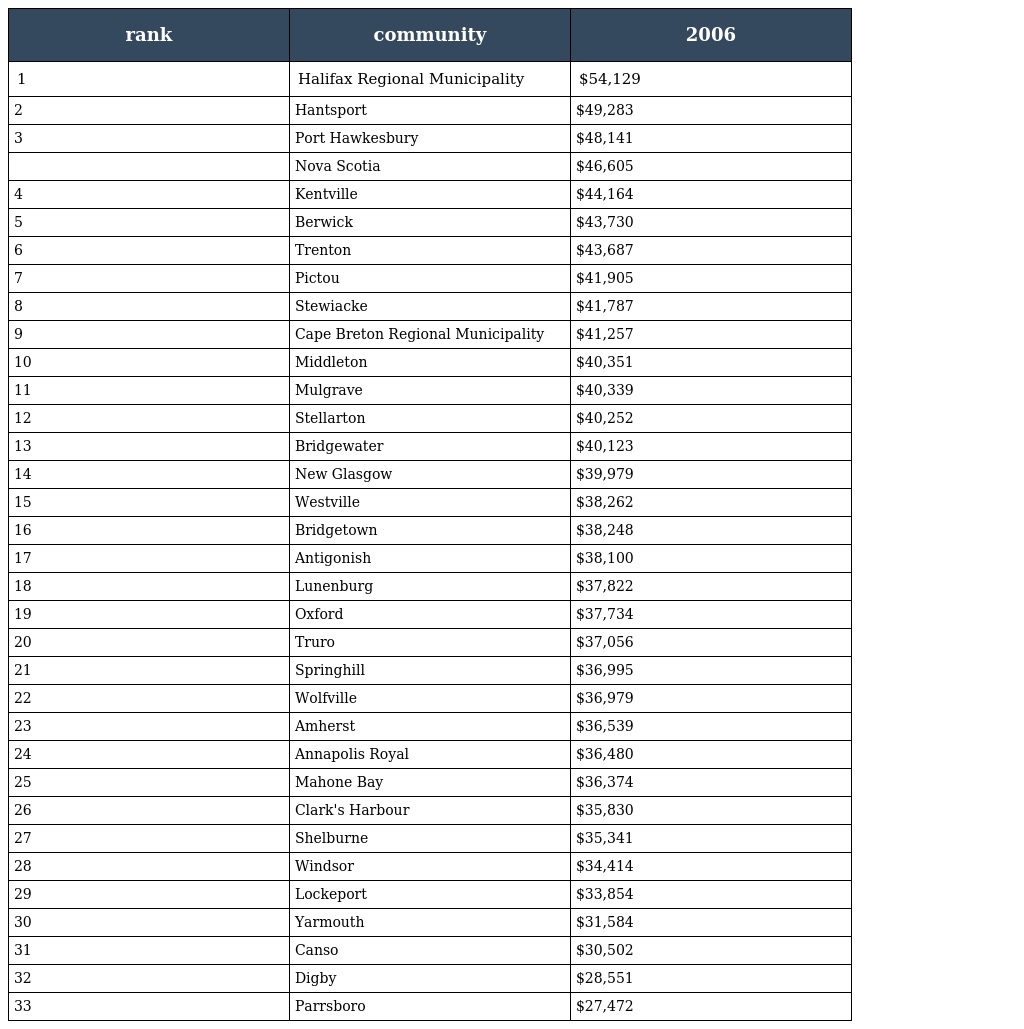
| rank | community | 2006 |
 | --- | --- | --- |
 | 1 | Halifax Regional Municipality | $54,129 |
 | 2 | Hantsport | $49,283 |
 | 3 | Port Hawkesbury | $48,141 |
 |  | Nova Scotia | $46,605 |
 | 4 | Kentville | $44,164 |
 | 5 | Berwick | $43,730 |
 | 6 | Trenton | $43,687 |
 | 7 | Pictou | $41,905 |
 | 8 | Stewiacke | $41,787 |
 | 9 | Cape Breton Regional Municipality | $41,257 |
 | 10 | Middleton | $40,351 |
 | 11 | Mulgrave | $40,339 |
 | 12 | Stellarton | $40,252 |
 | 13 | Bridgewater | $40,123 |
 | 14 | New Glasgow | $39,979 |
 | 15 | Westville | $38,262 |
 | 16 | Bridgetown | $38,248 |
 | 17 | Antigonish | $38,100 |
 | 18 | Lunenburg | $37,822 |
 | 19 | Oxford | $37,734 |
 | 20 | Truro | $37,056 |
 | 21 | Springhill | $36,995 |
 | 22 | Wolfville | $36,979 |
 | 23 | Amherst | $36,539 |
 | 24 | Annapolis Royal | $36,480 |
 | 25 | Mahone Bay | $36,374 |
 | 26 | Clark's Harbour | $35,830 |
 | 27 | Shelburne | $35,341 |
 | 28 | Windsor | $34,414 |
 | 29 | Lockeport | $33,854 |
 | 30 | Yarmouth | $31,584 |
 | 31 | Canso | $30,502 |
 | 32 | Digby | $28,551 |
 | 33 | Parrsboro | $27,472 |